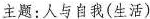
主题:人与自我(生活)